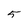
Character: 5